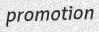
promotion